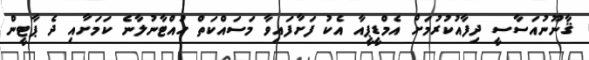
ޤާނޫނުއަސާސީ ދިފާއުކުރުމަށް އެމްޑީޕީއާ އެކު ފަށާފައިވާ މަސައްކަތް ހުއްޓާނުލާނެ ކަމަށާއި ދެ ޕާޓީން